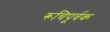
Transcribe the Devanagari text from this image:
रूचिपूर्वक